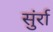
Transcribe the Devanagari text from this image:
सुंर्रा